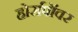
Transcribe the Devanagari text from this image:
होर्सपॉवर